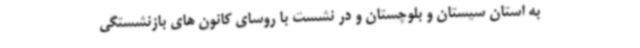
به استان سیستان و بلوچستان و در نشست با روسای کانون های بازنشستگی